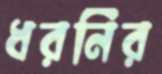
ধরনির